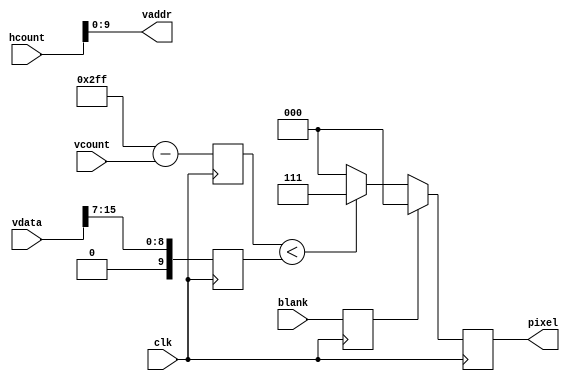
`timescale 1ns / 1ps
//////////////////////////////////////////////////////////////////////////////////
// Company: 
// Engineer: 
// 
// Design Name: 
// Module Name: histogram
// Project Name: 
// Target Devices: 
// Tool Versions: 
// Description: 
// 
// Dependencies: 
// 
// Revision:
// Revision 0.01 - File Created
// Additional Comments:
// 
//////////////////////////////////////////////////////////////////////////////////


module histogram(
    input clk,
    input [10:0] hcount,
    input [9:0] vcount,
    input blank,
    output [9:0] vaddr,
    input [15:0] vdata,
    output reg [2:0] pixel
    );

    // 1 bin per pixel, 0 to 1023
    assign vaddr = hcount[9:0];

    reg [9:0] hheight; // Height of histogram bar
    reg [9:0] vheight; // The height of pixel above bottom of screen
    reg blank1; // blank pipelined 1

    always @(posedge clk) begin
        // Pipeline stage 1
        hheight <= vdata >> 7;
        vheight <= 10'd767 - vcount;
        blank1 <= blank;

        // Pipeline stage 2
        pixel <= blank1 ? 3'b0 : (vheight < hheight) ? 3'b111 : 3'b0;
    end

endmodule